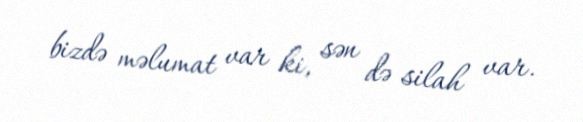
bizdə məlumat var ki, sən də silah var.